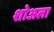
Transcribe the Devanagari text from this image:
शोअला